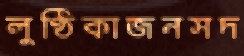
লুণ্ঠিকাজনসদ